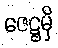
ဇေဋ္ဌမှိ